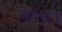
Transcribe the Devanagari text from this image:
बाँध।